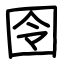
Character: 囹